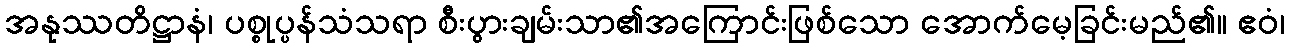
အနုဿတိဋ္ဌာနံ၊ ပစ္စုပ္ပန်သံသရာ စီးပွားချမ်းသာ၏အကြောင်းဖြစ်သော အောက်မေ့ခြင်းမည်၏။ ဧဝံ၊